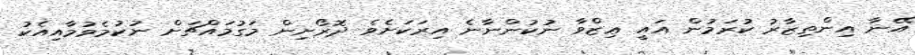
އޭނާ އިންތިޒާރު ކުރަމުން އައީ ޢިޒްވާ ނުކުންނާނެ އިރަކަށެވެ ދޮރޯށިން މަގުމައްޗަށް ނުކުމެވުމާއިއެކު